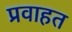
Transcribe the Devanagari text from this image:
प्रवाहत